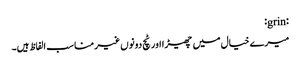
:grin:
میرے خیال میں چھیڑا اور ٹچ دونوں غیر مناسب الفاظ ہیں۔